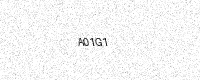
Text: A01G1